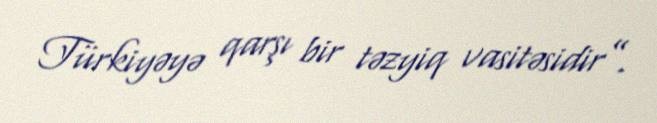
Türkiyəyə qarşı bir təzyiq vasitəsidir”.